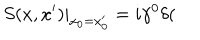
\left. S ( x , x ^ { \prime } ) \right| _ { x _ { 0 } = x _ { 0 } ^ { \prime } } = i \gamma ^ { 0 } \delta (